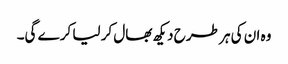
وہ ان کی ہر طرح دیکھ بھال کر لیا کرے گی۔